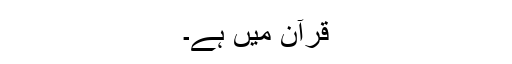
قرآن میں ہے۔